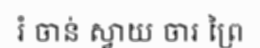
រំ ចាន់ ស្វាយ ចារ ព្រៃ